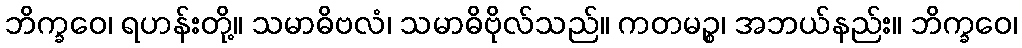
ဘိက္ခဝေ၊ ရဟန်းတို့။ သမာဓိဗလံ၊ သမာဓိဗိုလ်သည်။ ကတမဉ္စ၊ အဘယ်နည်း။ ဘိက္ခဝေ၊